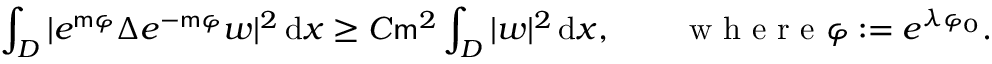
\int _ { { D } } | e ^ { \mathsf { m } \varphi } \Delta e ^ { - \mathsf { m } \varphi } w | ^ { 2 } \, \mathrm { d } x \geq C \mathsf { m } ^ { 2 } \int _ { { D } } | w | ^ { 2 } \, \mathrm { d } x , \qquad \mathrm { ~ w ~ h ~ e ~ r ~ e ~ } \varphi : = e ^ { \lambda \varphi _ { 0 } } .